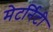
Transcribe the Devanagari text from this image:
मेटर्निटी